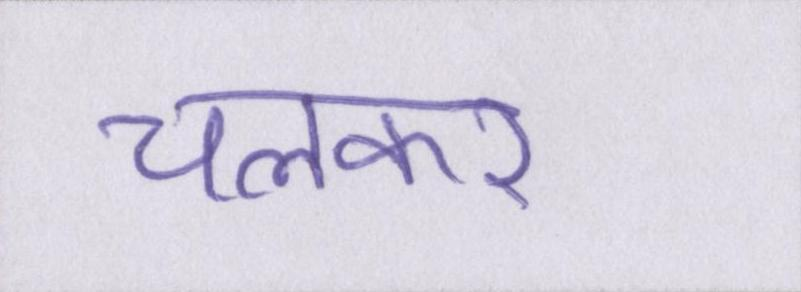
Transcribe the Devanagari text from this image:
चलकर